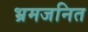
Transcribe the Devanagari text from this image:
भ्रमजनित